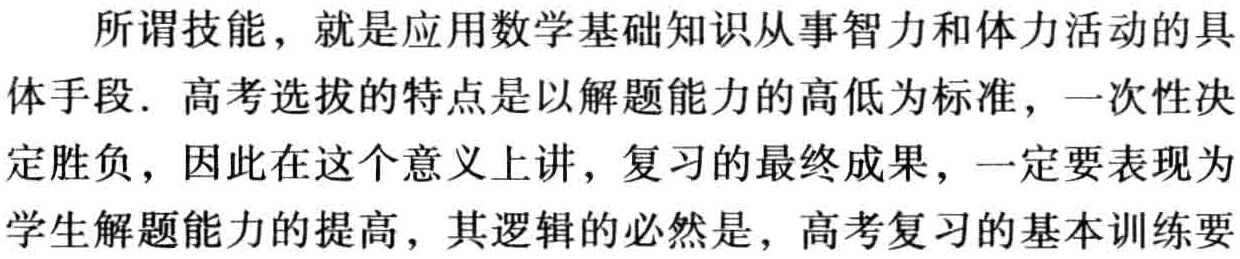
所谓技能，就是应用数学基础知识从事智力和体力活动的具

体手段. 高考选拔的特点是以解题能力的高低为标准，一次性决

定胜负，因此在这个意义上讲，复习的最终成果，一定要表现为

学生解题能力的提高，其逻辑的必然是，高考复习的基本训练要